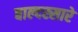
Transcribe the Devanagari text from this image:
बाल्दस्सारे